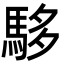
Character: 䮈